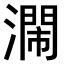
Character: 𣿸